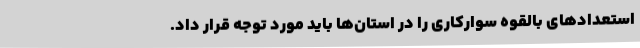
استعدادهای بالقوه سوارکاری را در استان‌ها باید مورد توجه قرار داد.